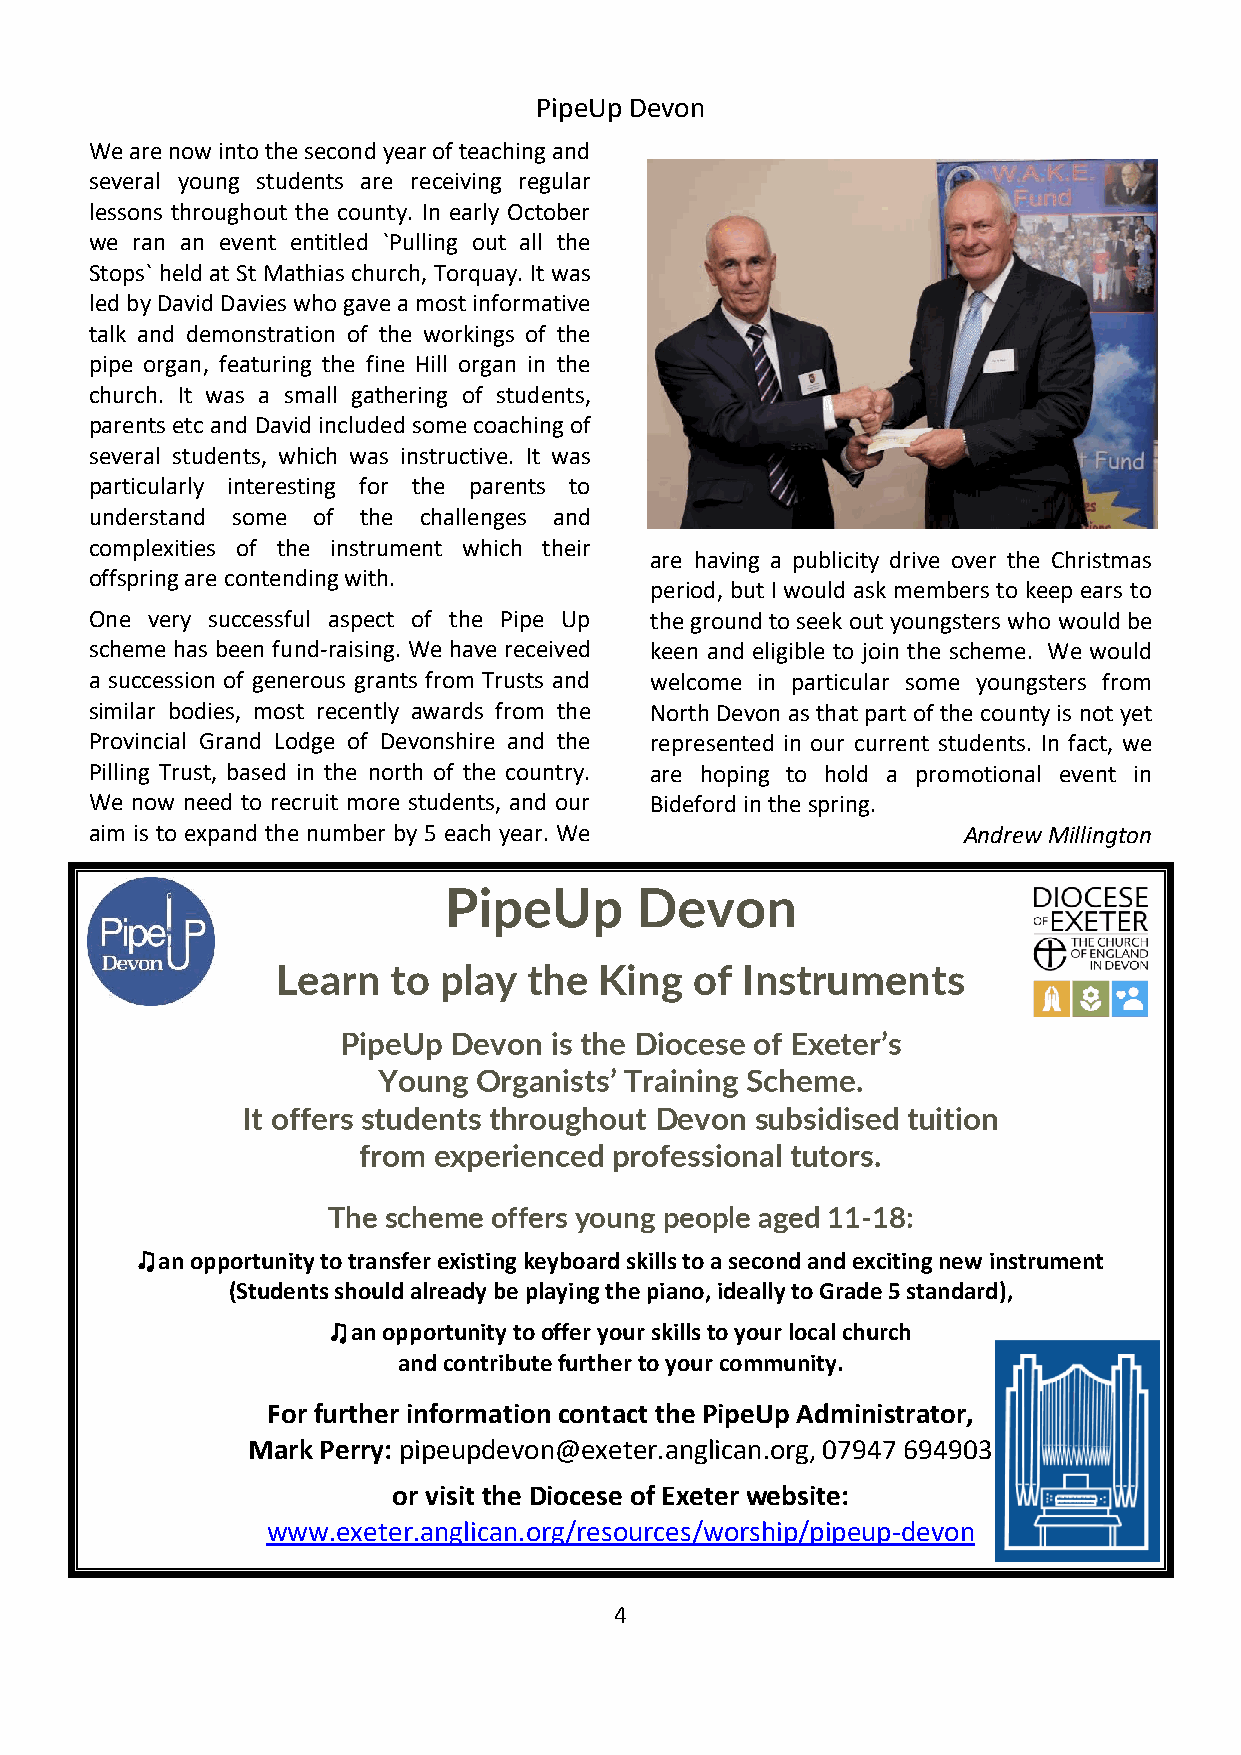
PipeUp Devon
 We are now into the second year of teaching and
 several young students are receiving regular
 lessons throughout the county. In early October
 we ran an event entitled `Pulling out all the
 Stops` held at St Mathias church, Torquay. It was
 led by David Davies who gave a most informative
 talk and demonstration of the workings of the
 pipe organ, featuring the fine Hill organ in the
 church. It was a small gathering of students,
 parents etc and David included some coaching of
 several students, which was instructive. It was
 particularly interesting for the parents to
 understand some of the challenges and
 complexities of the instrument which their
 are having a publicity drive over the Christmas
 offspring are contending with.
 period, but I would ask members to keep ears to
 One very successful aspect of the Pipe Up the ground to seek out youngsters who would be
 scheme has been fund-raising. We have received keen and eligible to join the scheme. We would
 a succession of generous grants from Trusts and welcome in particular some youngsters from
 similar bodies, most recently awards from the North Devon as that part of the county is not yet
 Provincial Grand Lodge of Devonshire and the represented in our current students. In fact, we
 Pilling Trust, based in the north of the country. are hoping to hold a promotional event in
 We now need to recruit more students, and our Bideford in the spring.
 aim is to expand the number by 5 each year. We            Andrew Millington
 PipeUp       Devon
 Learn   to play  the  King  of Instruments
 PipeUp  Devon is the Diocese of Exeter’s
 Young  Organists’ Training Scheme.
 It offers students throughout Devon subsidised tuition
 from experienced professional tutors.
 The scheme offers young people aged 11-18:
 ♫an opportunity to transfer existing keyboard skills to a second and exciting new instrument
 (Students should already be playing the piano, ideally to Grade 5 standard),
 ♫an opportunity to offer your skills to your local church
 and contribute further to your community.
 For further information contact the PipeUp Administrator,
 Mark Perry: pipeupdevon@exeter.anglican.org, 07947 694903
 or visit the Diocese of Exeter website:
 www.exeter.anglican.org/resources/worship/pipeup-devon
 4